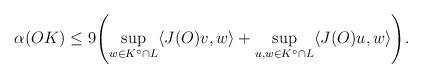
LaTeX: \begin{align*} \alpha(OK) \leq 9 \Biggl( \sup_{w \in K^{\circ} \cap L} \langle J(O)v,w \rangle + \sup_{u,w \in K^{\circ} \cap L} \langle J(O)u,w \rangle \Biggr).\end{align*}